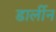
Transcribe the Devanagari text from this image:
डार्लीन